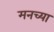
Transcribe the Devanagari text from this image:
मनच्या